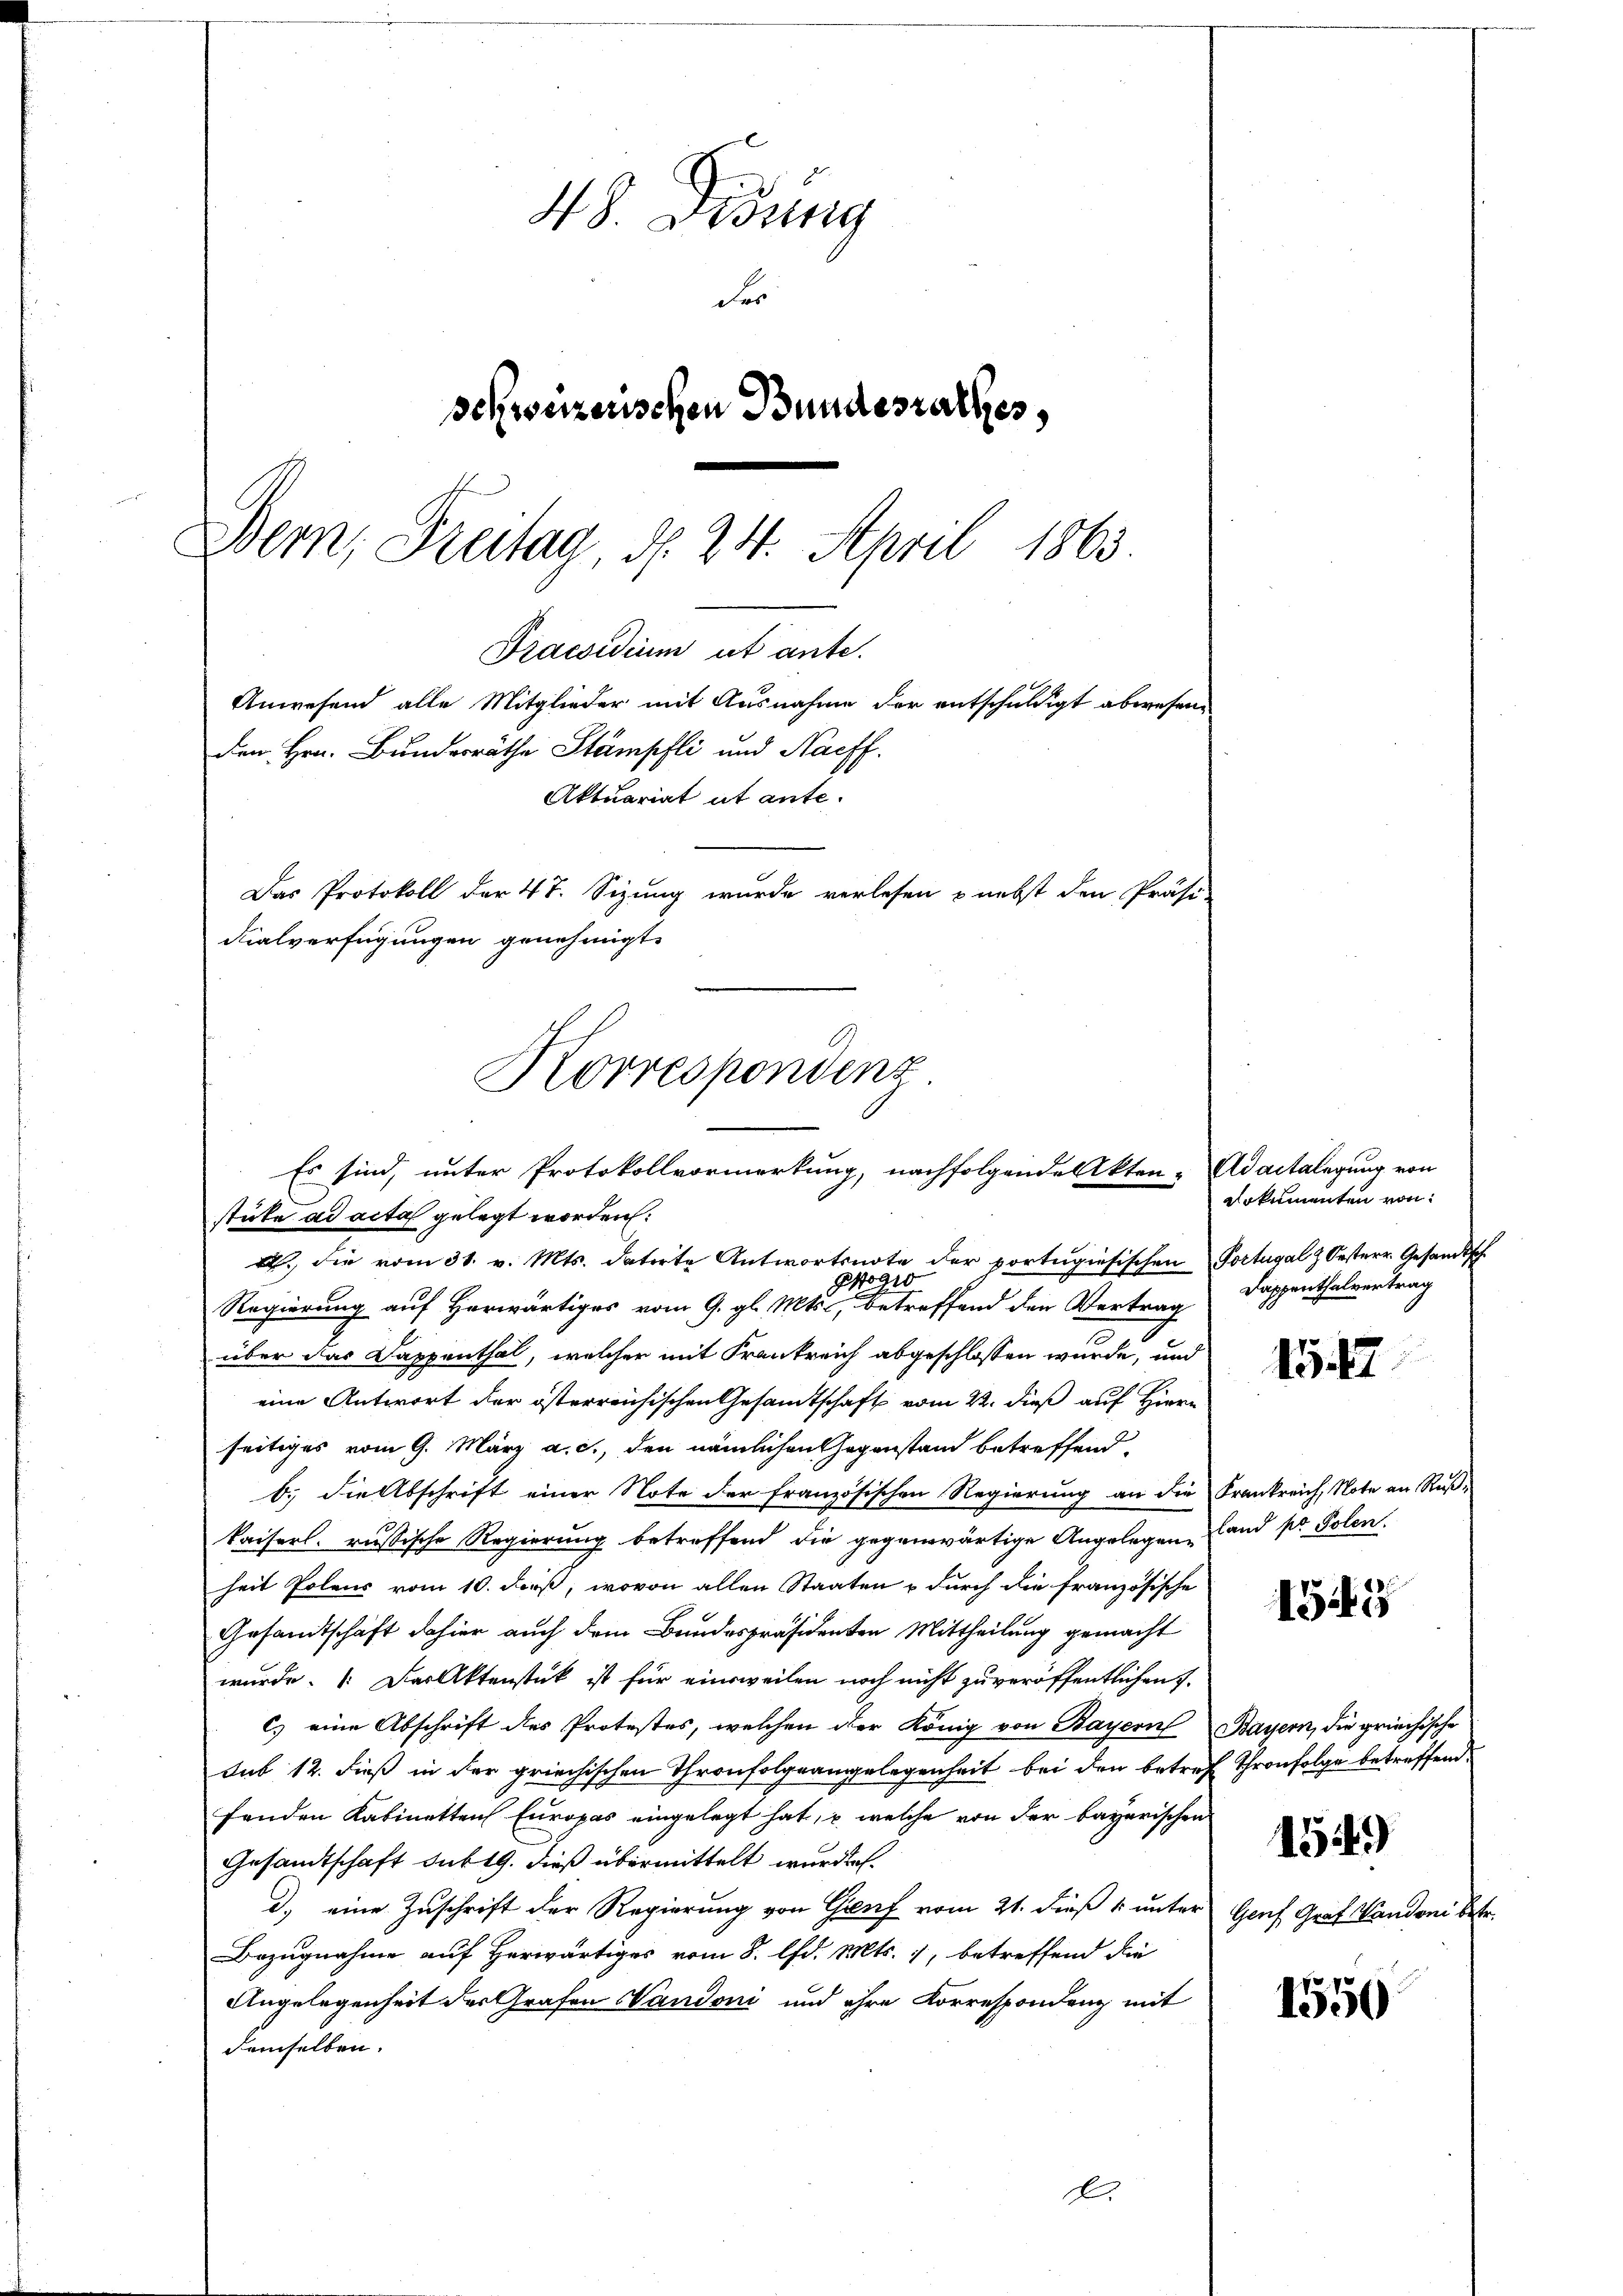
48. Didung
der
schweizerischen Bundesrathes,
Bern, Freitag, d. 24. April 1863
Praesidium ut ante.
Anwesend alle Mitglieder mit Ausnahme der entschuldigt abwesen
den Hrn. Bundesräthe Stämpfli und Nachf
Aktuariat ut ante¬
Das Protokoll der 47. Sizung wurde verlesen & nebst den Präsi-
dialverfügungen genehmigt.

Korrespondenz
Es sind, unter Protokollvormerkung, nachfolgende Akten- Adaitalegung von
stücke ad acta gelegt worden:

. die vom 31. v. Mts. datirte Antwortsnote der vortugisischen Portugal & Oesterr. Gesandtsch.
Progr
Regierung auf Herwärtiges vom 9. gl. Mts., betreffend den Vertrag
über das Dappenthal, welcher mit Frankreich abgeschlossen wurde, und
eine Antwort der österreichischen Gesamtschaft vom 22. dieß auf Hiern
seitiges vom 9. März a. c., den nämlichen Gegenstand betreffend,
b. die Abschrift einer Note der französischen Regierung an die Frankreich, Note an Rußkaiserl. russische Regierung betreffend die gegenwärtige Angelegen Land pr Polen.
heit Polens vom 10. Fees, wovon allen Staaten & durch die französische
Gesandtschaft dahier auch dem Bundespräsidenten Mittheilung gemacht
wurde.  Der Aktenstück ist für einsweilen noch nicht zu veröffentlichen 7.
c) eine Abschrift des Protestes, welchen der König von Bayern Bayern, die griechische
sub 12. dieß in der griechischen Thronfolgeangelegenheit bei den betrefenden Kabinetten Europas eingelegt hat, u. welche von der bayerischen
Gesandtschaft du 19. dieß übermittelt wurde.
d.) eine Zuschrift der Regierung von Genf vom 21. dieß 1 unter Genf Graf Vandoni betr.
Bezugnahme auf Herwärtiges vom 8. lfd. Mts. 7, betreffend die
Angelegenheit der Grafen Wandoni und ihre Korrespondenz mit
demselben.
.

arkumenten von
Dappenthalvertrag

1547

1549

Thronfolge betreffend.

154)

1550